Report on vaccination in the Province of Bengal - 1869-1873
Year: 1869
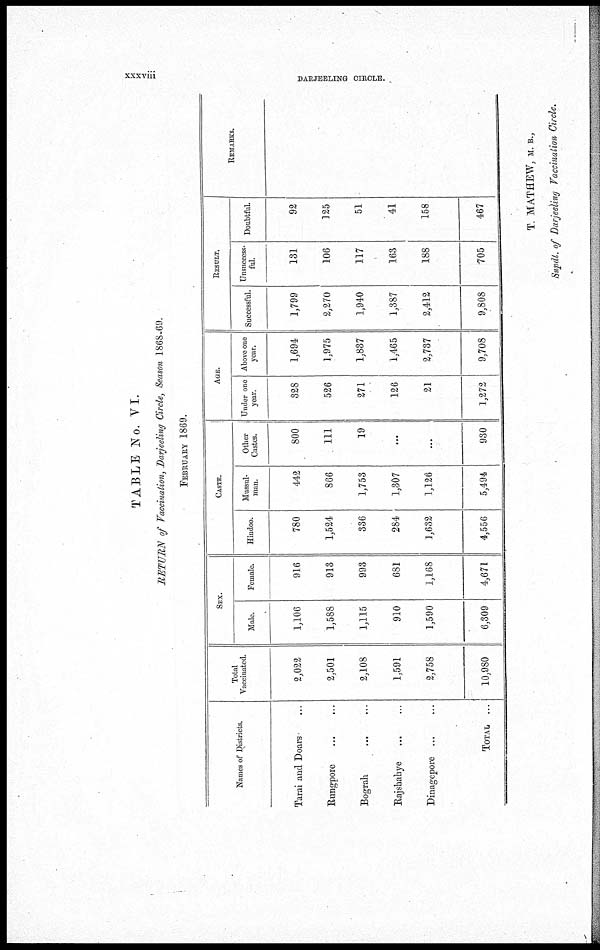
xxxviii
DARJEELING CIRCLE.
TABLE No. VI.
RETURN of Vaccination, Darjeeling Circle, Season 1868-69.
FEBRUARY 1869.
Names of Districts.
Tarai and Doars ...
Rungpore
...
Bograh
...
...
Rajshahye ... ...
Dinagepore ... ...
TOTAL ...
Total
Vaccinated.
2,022
2,501
2,108
1,591
2,758
10,980
SEX.
Male.
1,106
1,588
1,115
910
1,590
6,309
Female.
916
913
993
681
1,168
4,671
CASTE.
Hindoo.
780
1,524
336
284
1,632
4,556
Mussul-
man.
442
866
1,753
1,307
1,126
5,494
Other
Castes.
800
111
19
...
...
930
AGE.
Under one
year.
328
526
271
126
21
1,272
Above one
year.
1,694
1,975
1,837
1,465
2,737
9,708
RESULT.
Successful.
1,799
2,270
1,940
1,387
2,412
9,808
Unsuccess-
ful.
131
106
117
163
188
705
Doubtful.
92
125
51
41
158
467
REMARKS.
T. MATHEW, M. B.,
Supdt. of Darjeeling Vaccination Circle.